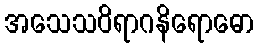
အသေသဝိရာဂနိရောဓော